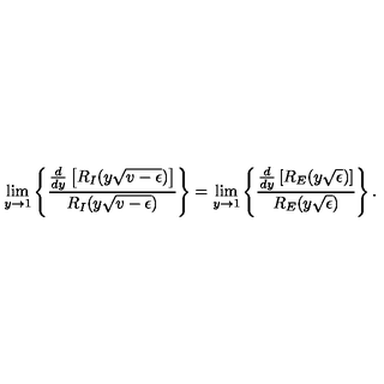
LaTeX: \lim _ { y \rightarrow 1 } \left\{ \frac { \frac { d } { d y } \left[ R _ { I } ( y \sqrt { v - \epsilon } ) \right] } { R _ { I } ( y \sqrt { v - \epsilon } ) } \right\} = \lim _ { y \rightarrow 1 } \left\{ \frac { \frac { d } { d y } \left[ R _ { E } ( y \sqrt { \epsilon } ) \right] } { R _ { E } ( y \sqrt { \epsilon } ) } \right\} .